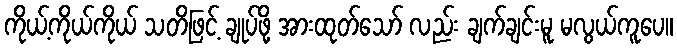
ကိုယ့်ကိုယ်ကိုယ် သတိဖြင့် ချုပ်ဖို့ အားထုတ်သော် လည်း ချက်ချင်းမူ မလွယ်ကူပေ။